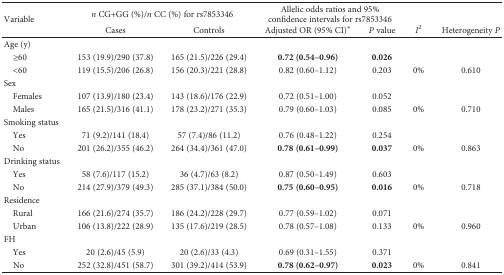
<table><thead><tr><td rowspan="2"><b>Variable</b></td><td colspan="2"><b><i>n</i> CG+GG (%)/<i>n</i> CC (%) for rs7853346</b></td><td colspan="2"><b>Allelic odds ratios and 95% confidence intervals for rs7853346</b></td><td></td><td></td></tr><tr><td><b>Cases</b></td><td><b>Controls</b></td><td><b>Adjusted OR (95% CI)<sup>∗</sup></b></td><td><b><i>P</i> value</b></td><td><b><i>I</i><sup>2</sup></b></td><td><b>Heterogeneity <i>P</i></b></td></tr></thead><tbody><tr><td>Age (y)</td><td></td><td></td><td></td><td></td><td></td><td></td></tr><tr><td> ≥60</td><td>153 (19.9)/290 (37.8)</td><td>165 (21.5)/226 (29.4)</td><td><b>0.72 (0.54–0.96)</b></td><td><b>0.026</b></td><td></td><td></td></tr><tr><td> &lt;60</td><td>119 (15.5)/206 (26.8)</td><td>156 (20.3)/221 (28.8)</td><td>0.82 (0.60–1.12)</td><td>0.203</td><td>0%</td><td>0.610</td></tr><tr><td>Sex</td><td></td><td></td><td></td><td></td><td></td><td></td></tr><tr><td> Females</td><td>107 (13.9)/180 (23.4)</td><td>143 (18.6)/176 (22.9)</td><td>0.72 (0.51–1.00)</td><td>0.052</td><td></td><td></td></tr><tr><td> Males</td><td>165 (21.5)/316 (41.1)</td><td>178 (23.2)/271 (35.3)</td><td>0.79 (0.60–1.03)</td><td>0.085</td><td>0%</td><td>0.710</td></tr><tr><td>Smoking status</td><td></td><td></td><td></td><td></td><td></td><td></td></tr><tr><td> Yes</td><td>71 (9.2)/141 (18.4)</td><td>57 (7.4)/86 (11.2)</td><td>0.76 (0.48–1.22)</td><td>0.254</td><td></td><td></td></tr><tr><td> No</td><td>201 (26.2)/355 (46.2)</td><td>264 (34.4)/361 (47.0)</td><td><b>0.78 (0.61–0.99)</b></td><td><b>0.037</b></td><td>0%</td><td>0.863</td></tr><tr><td>Drinking status</td><td></td><td></td><td></td><td></td><td></td><td></td></tr><tr><td> Yes</td><td>58 (7.6)/117 (15.2)</td><td>36 (4.7)/63 (8.2)</td><td>0.87 (0.50–1.49)</td><td>0.603</td><td></td><td></td></tr><tr><td> No</td><td>214 (27.9)/379 (49.3)</td><td>285 (37.1)/384 (50.0)</td><td><b>0.75 (0.60–0.95)</b></td><td><b>0.016</b></td><td>0%</td><td>0.718</td></tr><tr><td>Residence</td><td></td><td></td><td></td><td></td><td></td><td></td></tr><tr><td> Rural</td><td>166 (21.6)/274 (35.7)</td><td>186 (24.2)/228 (29.7)</td><td>0.77 (0.59–1.02)</td><td>0.071</td><td></td><td></td></tr><tr><td> Urban</td><td>106 (13.8)/222 (28.9)</td><td>135 (17.6)/219 (28.5)</td><td>0.78 (0.57–1.08)</td><td>0.133</td><td>0%</td><td>0.960</td></tr><tr><td>FH</td><td></td><td></td><td></td><td></td><td></td><td></td></tr><tr><td> Yes</td><td>20 (2.6)/45 (5.9)</td><td>20 (2.6)/33 (4.3)</td><td>0.69 (0.31–1.55)</td><td>0.371</td><td></td><td></td></tr><tr><td> No</td><td>252 (32.8)/451 (58.7)</td><td>301 (39.2)/414 (53.9)</td><td><b>0.78 (0.62–0.97)</b></td><td><b>0.023</b></td><td>0%</td><td>0.841</td></tr></tbody></table>